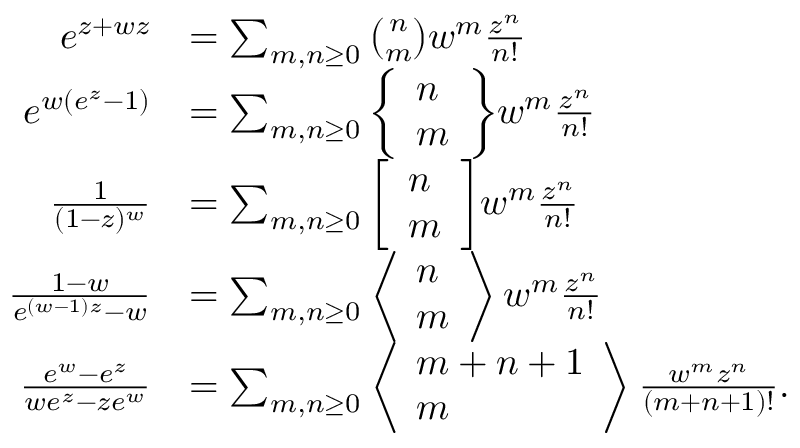
{ \begin{array} { r l } { e ^ { z + w z } } & { = \sum _ { m , n \geq 0 } { \binom { n } { m } } w ^ { m } { \frac { z ^ { n } } { n ! } } } \\ { e ^ { w ( e ^ { z } - 1 ) } } & { = \sum _ { m , n \geq 0 } { \left\{ \begin{array} { l } { n } \\ { m } \end{array} \right\} } w ^ { m } { \frac { z ^ { n } } { n ! } } } \\ { { \frac { 1 } { ( 1 - z ) ^ { w } } } } & { = \sum _ { m , n \geq 0 } { \left[ \begin{array} { l } { n } \\ { m } \end{array} \right] } w ^ { m } { \frac { z ^ { n } } { n ! } } } \\ { { \frac { 1 - w } { e ^ { ( w - 1 ) z } - w } } } & { = \sum _ { m , n \geq 0 } \left\langle { \begin{array} { l } { n } \\ { m } \end{array} } \right\rangle w ^ { m } { \frac { z ^ { n } } { n ! } } } \\ { { \frac { e ^ { w } - e ^ { z } } { w e ^ { z } - z e ^ { w } } } } & { = \sum _ { m , n \geq 0 } \left\langle { \begin{array} { l } { m + n + 1 } \\ { m } \end{array} } \right\rangle { \frac { w ^ { m } z ^ { n } } { ( m + n + 1 ) ! } } . } \end{array} }